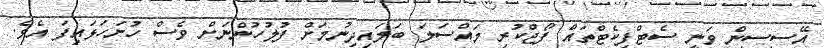
އޭސީސީން ވަނީ ސެޓްފިކެޓްތައް ފޯޖްކުރި މައްސަލަ ބަލައިދިނުމަށް ފުލުހުންނަށް ވެސް ހުށަހަޅައިފަ އެވެ.